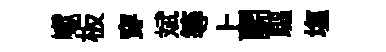
巘板穿斌等上鬬驅塩